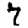
Digit: 7